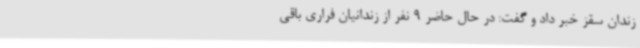
زندان سقز خبر داد و گفت: در حال حاضر 9 نفر از زندانیان فراری باقی